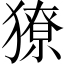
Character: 獠